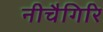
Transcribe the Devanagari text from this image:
नीचैगिरि